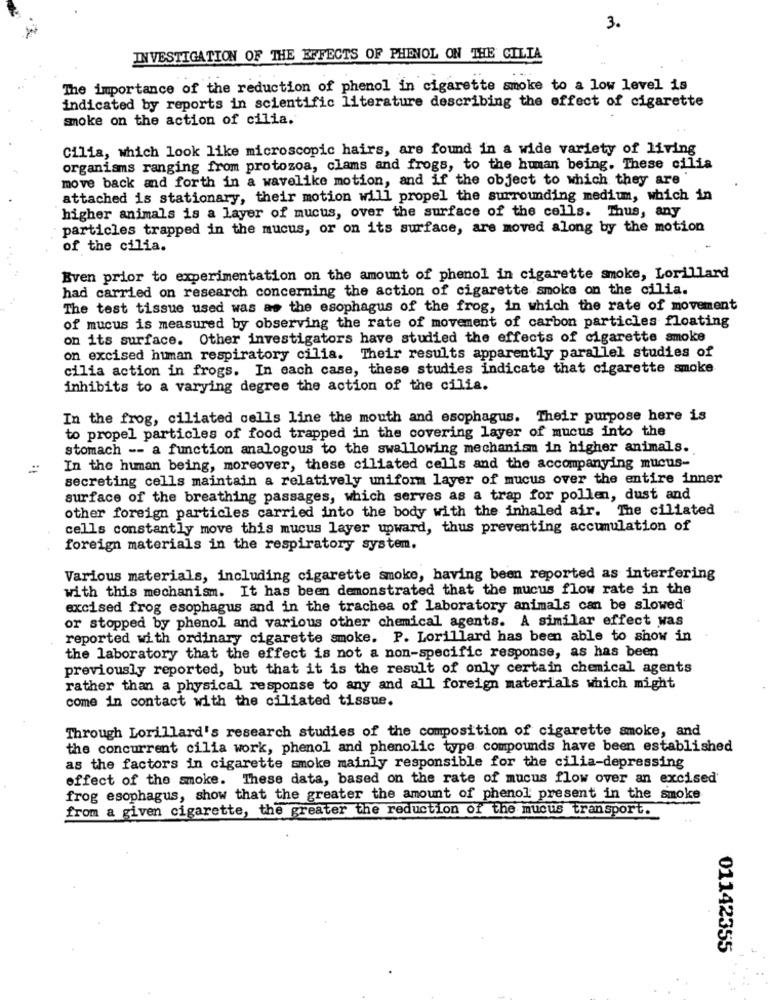
3.
INVESTIGATION OF THE EFFECTS OF PHENOL ON THE CILIA
The importance of the reduction of phenol in cigarette smoke to a low level is
indicated by reports in scientific literature describing the effect of cigarette
smoke on the action of cilia.
Cilia, which look like microscopic hairs, are found in a wide variety of living
organisms ranging from protozoa, clams and frogs, to the human being. These cilia
move back and forth in a wavelike motion, and if the object to which they are
attached is stationary, their motion will propel the surrounding medium, which in
higher animals is a layer of mucus, over the surface of the cells. Thus, any
particles trapped in the mucus, or on its surface, are moved along by the motion
of the cilia.
Even prior to experimentation on the amount of phenol in cigarette smoke, Lorillard
had carried on research concerning the action of cigarette smoke on the cilia.
The test tissue used was as the esophagus of the frog, in which the rate of movement
of mucus is measured by observing the rate of movement of carbon particles floating
on its surface. Other investigators have studied the effects of cigarette smoke
on excised human respiratory cilia. Their results apparently parallel studies of
cilia action in frogs. In each case, these studies indicate that cigarette smoke
inhibits to a varying degree the action of the cilia.
In the frog, ciliated cells line the mouth and esophagus. Their purpose here is
to propel particles of food trapped in the covering layer of mucus into the
stomach -- a function analogous to the swallowing mechanism in higher animals.
In the human being, moreover, these ciliated cells and the accompanying mucus-
secreting cells maintain a relatively uniform layer of mucus over the entire inner
surface of the breathing passages, which serves as a trap for pollen, dust and
other foreign particles carried into the body with the inhaled air. The ciliated
cells constantly move this mucus layer upward, thus preventing accumulation of
foreign materials in the respiratory system.
Various materials, including cigarette smoke, having been reported as interfering
with this mechanism. It has been demonstrated that the mucus flow rate in the
excised frog esophagus and in the trachea of laboratory animals can be slowed
or stopped by phenol and various other chemical agents. A similar effect was
reported with ordinary cigarette smoke. P. Lorillard has been able to show in
the laboratory that the effect is not a non-specific response, as has been
previously reported, but that it is the result of only certain chemical agents
rather than a physical response to any and all foreign materials which might
come in contact with the ciliated tissue.
Through Lorillard's research studies of the composition of cigarette smoke, and
the concurrent cilia work, phenol and phenolic type compounds have been established
as the factors in cigarette smoke mainly responsible for the cilia-depressing
effect of the smoke. These data, based on the rate of mucus flow over an excised'
frog esophagus, show that the greater the amount of phenol present in the smoke
from a given cigarette, the greater the reduction of the mucus transport.
01142355